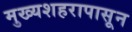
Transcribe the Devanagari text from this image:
मुख्यशहरापासून